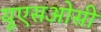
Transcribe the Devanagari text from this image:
यूएसओसी